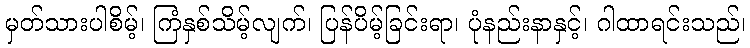
မှတ်သားပါစိမ့်၊ ကြံနှစ်သိမ့်လျက်၊ ပြန်ပိမ့်ခြင်းရာ၊ ပုံနည်းနာနှင့်၊ ဂါထာရင်းသည်၊